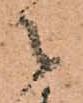
々